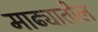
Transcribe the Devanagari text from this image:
माढ्यातील